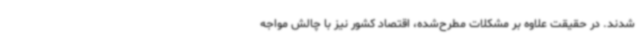
شدند. در حقیقت علاوه بر مشکلات مطرح‌شده، اقتصاد کشور نیز با چالش مواجه